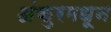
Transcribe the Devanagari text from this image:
अंकुरमधून